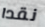
نقدا